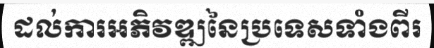
ដល់ការអភិវឌ្ឍនៃប្រទេសទាំងពីរ